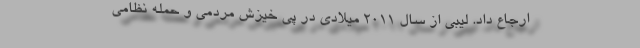
ارجاع داد. لیبی از سال ۲۰۱۱ میلادی در پی خیزش مردمی و حمله نظامی